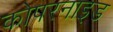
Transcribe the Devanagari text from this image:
कोपरनाइड